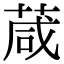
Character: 葴